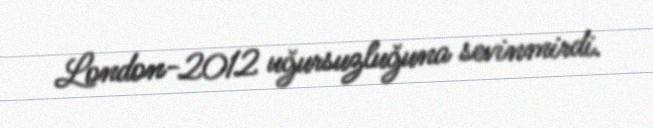
London-2012 uğursuzluğuna sevinmirdi.